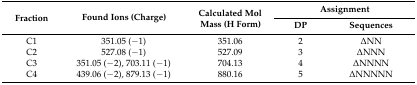
<table><thead><tr><td rowspan="2"><b>Fraction</b></td><td rowspan="2"><b>Found Ions (Charge)</b></td><td rowspan="2"><b>Calculated Mol Mass (H Form)</b></td><td colspan="2"><b>Assignment</b></td></tr><tr><td><b>DP</b></td><td><b>Sequences</b></td></tr></thead><tbody><tr><td>C1</td><td>351.05 (−1)</td><td>351.06</td><td>2</td><td>∆NN</td></tr><tr><td>C2</td><td>527.08 (−1)</td><td>527.09</td><td>3</td><td>∆NNN</td></tr><tr><td>C3</td><td>351.05 (−2), 703.11 (−1)</td><td>704.13</td><td>4</td><td>∆NNNN</td></tr><tr><td>C4</td><td>439.06 (−2), 879.13 (−1)</td><td>880.16</td><td>5</td><td>∆NNNNN</td></tr></tbody></table>